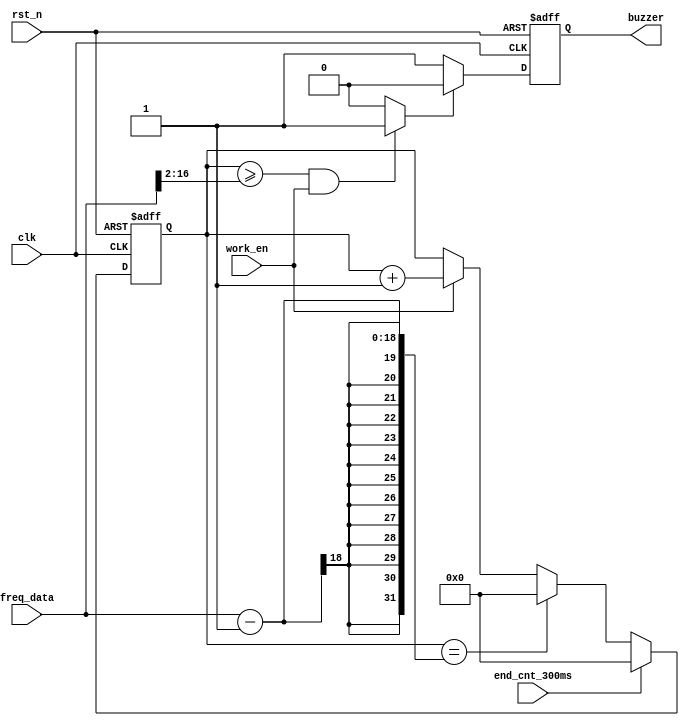
module pwm_buzzer (
    input   wire            clk             ,
    input   wire            rst_n           ,
    input   wire    [17:0]  freq_data       ,
    input   wire            work_en         ,
    input   wire            end_cnt_300ms   ,


    output  reg             buzzer
);  
    wire            flag            ;
    wire    [14:0]  duty_data       ;//
    reg     [17:0]	cnt_freq        ;//



    //
    always@(posedge clk or negedge rst_n)begin
        if(!rst_n)begin
            cnt_freq <= 18'd0;
        end
        else if (end_cnt_300ms) begin
            cnt_freq <= 18'd0;
        end
        else if(cnt_freq == freq_data - 1)begin
            cnt_freq <= 18'd0;
        end 
        else if(work_en) begin
            cnt_freq <= cnt_freq + 18'd1;
        end 
    end


    assign duty_data = freq_data >> 2;//25%

    assign flag = ((cnt_freq >= duty_data) && work_en) ? 1'b1:1'b0;//50%50%
    
    always @(posedge clk or negedge rst_n) begin
        if (!rst_n) begin
            buzzer <= 1'b1;
        end
        else if (flag) begin
            buzzer <= 1'b0;
        end
        else begin
            buzzer <= 1'b1;
        end
    end

endmodule